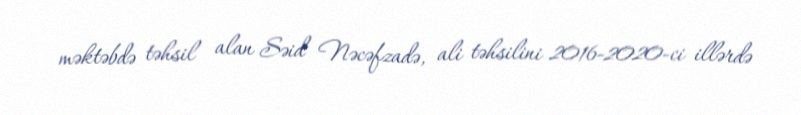
məktəbdə təhsil alan Səid Nəcəfzadə, ali təhsilini 2016-2020-ci illərdə